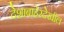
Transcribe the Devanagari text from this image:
देशाबाहेरदेखील